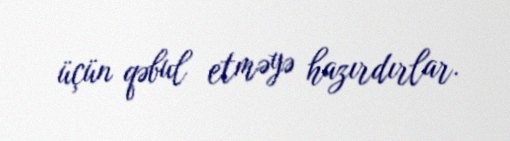
üçün qəbul etməyə hazırdırlar.